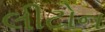
લીટોન